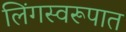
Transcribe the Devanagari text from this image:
लिंगस्वरूपात